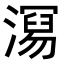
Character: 𭲧